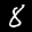
Label: 8